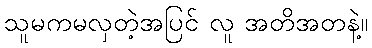
သူမကမလှတဲ့အပြင် လူ အတိအတနဲ့။